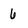
Character: 6